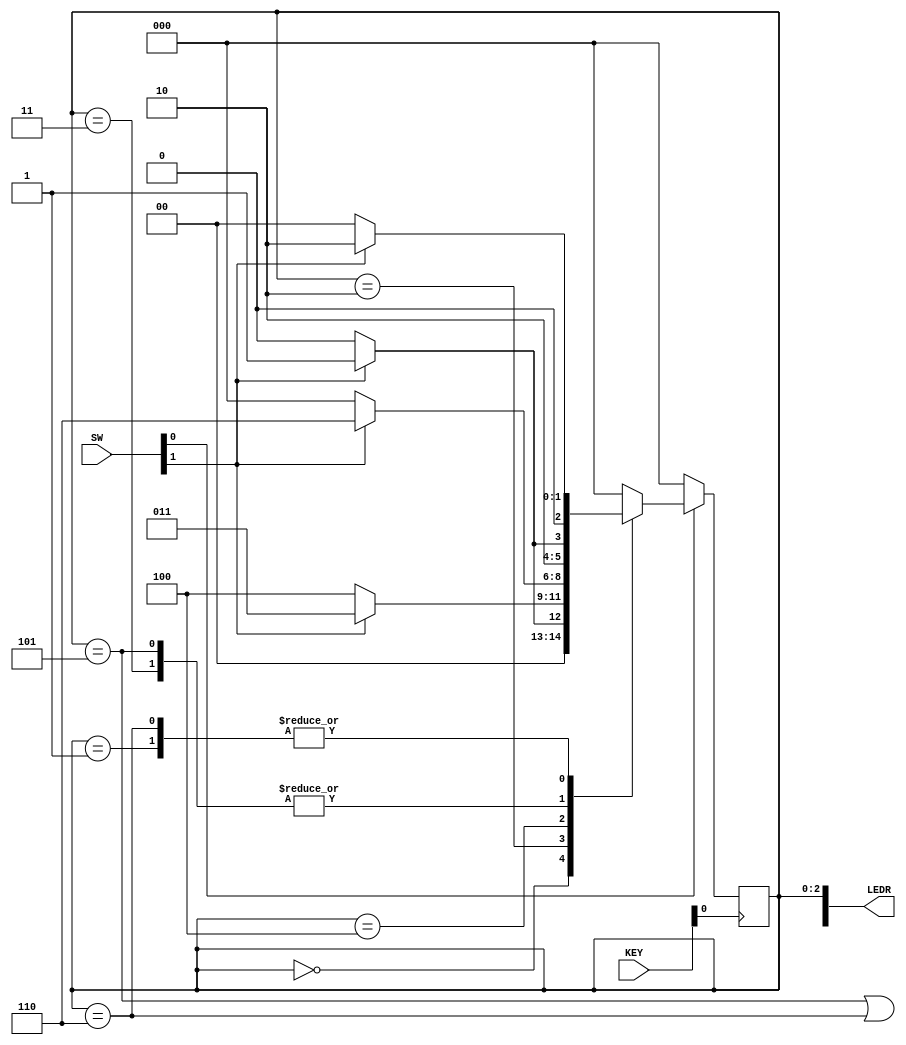
module sequence_detector(
    input [9:0] SW,
    input [3:0] KEY,
    output [9:0] LEDR);

    wire w, clock, reset_n, z;

    reg [2:0] y_Q, Y_D; // y_Q current state, Y_D next state

    localparam A = 3'b000, B = 3'b001, C = 3'b010, D = 3'b011, E = 3'b100, F = 3'b101, G = 3'b110;

    assign w = SW[1];
    assign clock = KEY[0];
    assign reset_n = SW[0];
    assign LEDR[9] = z;
    assign LEDR[2:0] = y_Q;

    always @(*)
    begin
        case (y_Q)
            A:
                begin
                    if (!w) Y_D = A;
                    else Y_D = B;
                end
            B:
            	begin
                	if (!w) Y_D = A;
                	else Y_D = C;
            	end
            C:
            	begin
                	if (!w) Y_D = E;
                	else Y_D = D;
            	end
            D:
            	begin
                	if (!w) Y_D = E;
                	else Y_D = F;
            	end
            E:
            	begin
                	if (!w) Y_D = A;
                	else Y_D = G;
            	end
            F:
            	begin
                	if (!w) Y_D = E;
                	else Y_D = F;
            	end
            G:
            	begin
                	if (!w) Y_D = A;
                	else Y_D = C;
            	end
            default: Y_D = A;
        endcase
    end

    // State Registers
    always @(posedge clock)
    begin
        if (reset_n == 1'b0)
            y_Q <= A;
        else
            y_Q = Y_D;
    end

    assign z = ((y_Q == F) || (y_Q == G));
endmodule